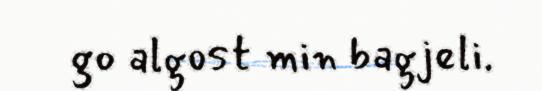
go algost min bagjeli.